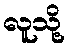
လူသို့